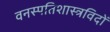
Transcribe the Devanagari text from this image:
वनस्पतिशास्त्रविदों